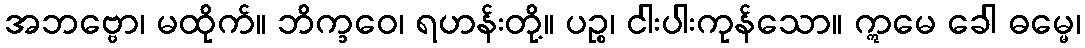
အဘဗ္ဗော၊ မထိုက်။ ဘိက္ခဝေ၊ ရဟန်းတို့။ ပဉ္စ၊ ငါးပါးကုန်သော။ ဣမေ ခေါ ဓမ္မေ၊